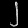
Digit: ၂